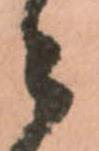
々